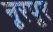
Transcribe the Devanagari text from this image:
नूरपूर